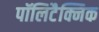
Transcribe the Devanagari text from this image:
पॉलिटैक्निक